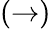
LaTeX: (\rightarrow)